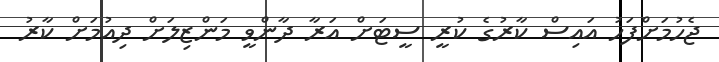
ޖެހުމަށްފަހު އައިސް ކާރުގެ ކުރީ ސީޓަށް އަރާ ދާންވީ މަންޒިލަށް ދިއުމަށް ކާރު